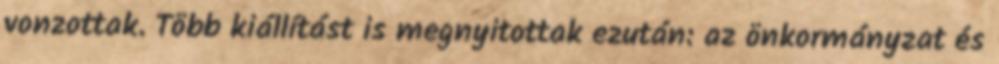
vonzottak. Több kiállítást is megnyitottak ezután: az önkormányzat és